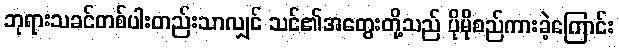
ဘုရားသခင်တစ်ပါးတည်းသာလျှင် သင်၏အတွေးတို့သည် ပိုမိုစည်ကားခဲ့ကြောင်း